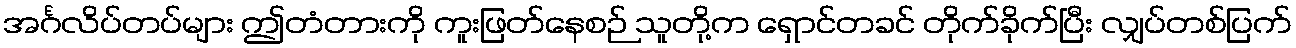
အင်္ဂလိပ်တပ်များ ဤတံတားကို ကူးဖြတ်နေစဉ် သူတို့က ရှောင်တခင် တိုက်ခိုက်ပြီး လျှပ်တစ်ပြက်